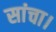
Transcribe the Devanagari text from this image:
सांचा।